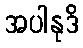
အပါနုဒိ